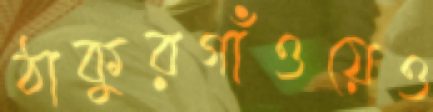
ঠাকুরগাঁওয়েও